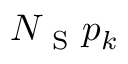
N _ { \mathrm { ~ S ~ } } p _ { k }